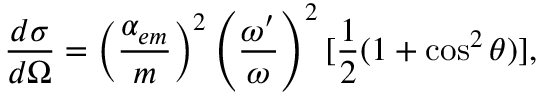
{ \frac { d \sigma } { d \Omega } } = \left( { \frac { \alpha _ { e m } } { m } } \right) ^ { 2 } \left( { \frac { \omega ^ { \prime } } { \omega } } \right) ^ { 2 } [ { \frac { 1 } { 2 } } ( 1 + \cos ^ { 2 } \theta ) ] ,